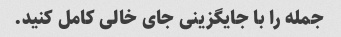
جمله را با جایگزینی جای خالی کامل کنید.